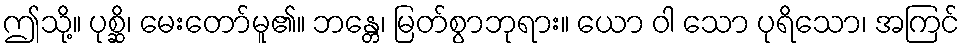
ဤသို့။ ပုစ္ဆိ၊ မေးတော်မူ၏။ ဘန္တေ၊ မြတ်စွာဘုရား။ ယော ဝါ သော ပုရိသော၊ အကြင်